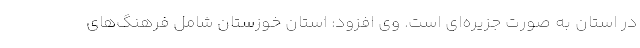
در استان به صورت جزیره‌ای است. وی افزود: استان خوزستان شامل فرهنگ‌های